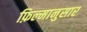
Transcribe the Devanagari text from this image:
फ़िल्मानुसार